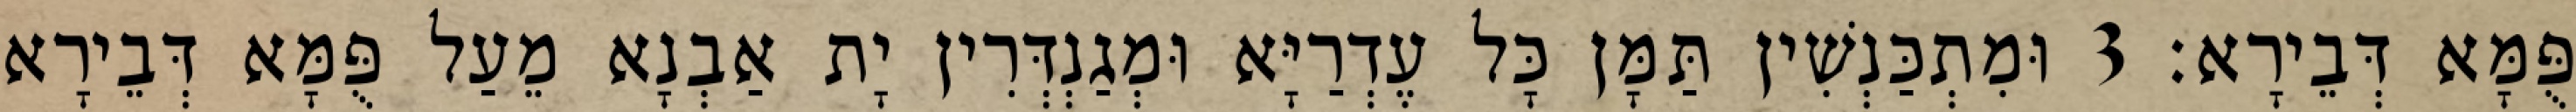
פֻּמָּא דְּבֵירָא׃ 3 וּמִתְכַּנְשִׁין תַּמָּן כָּל עֶדְרַיָּא וּמְגַנְדְּרִין יָת אַבְנָא מֵעַל פֻּמָּא דְּבֵירָא